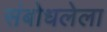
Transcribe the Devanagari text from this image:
संबोधलेला